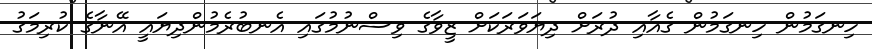
ހިނގަމުން ހިނގަމުން ގެއާއި ދުރަށް ދިޔަވަރަކަށް ޒީވާގެ ވިސްނުމުގައި އެނބުރެމުންދިޔައީ އޭނާގެ ކުރިމަގު